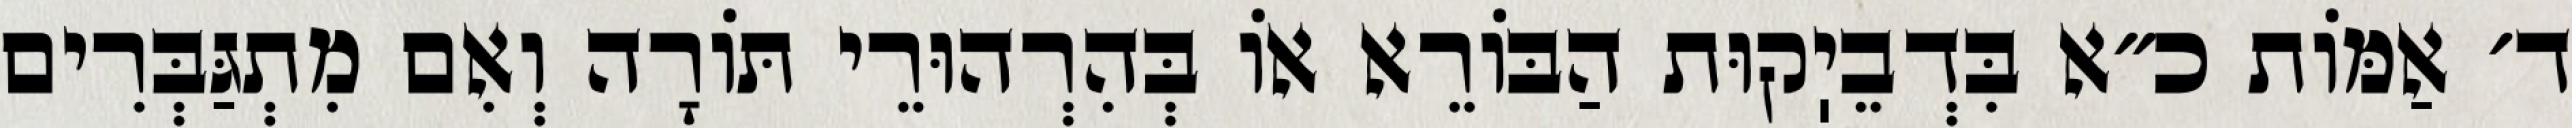
ד׳ אַמּוֹת כ״א בִּדְבֵיֽקוּת הַבּוֹרֵא אוֹ בְּהִרְהוּרֵי תּוֹרָה וְאִם מִתְגַּבְּרִים